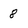
Character: 8